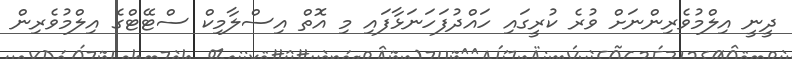
ދީނީ އިލްމުވެރިންނަށް ވުރެ ކުރީގައި ހައްދުފަހަނަޅާފައި މި އޮތް އިސްލާމިކް ސްޓޭޓްގެ އިލްމުވެރިން